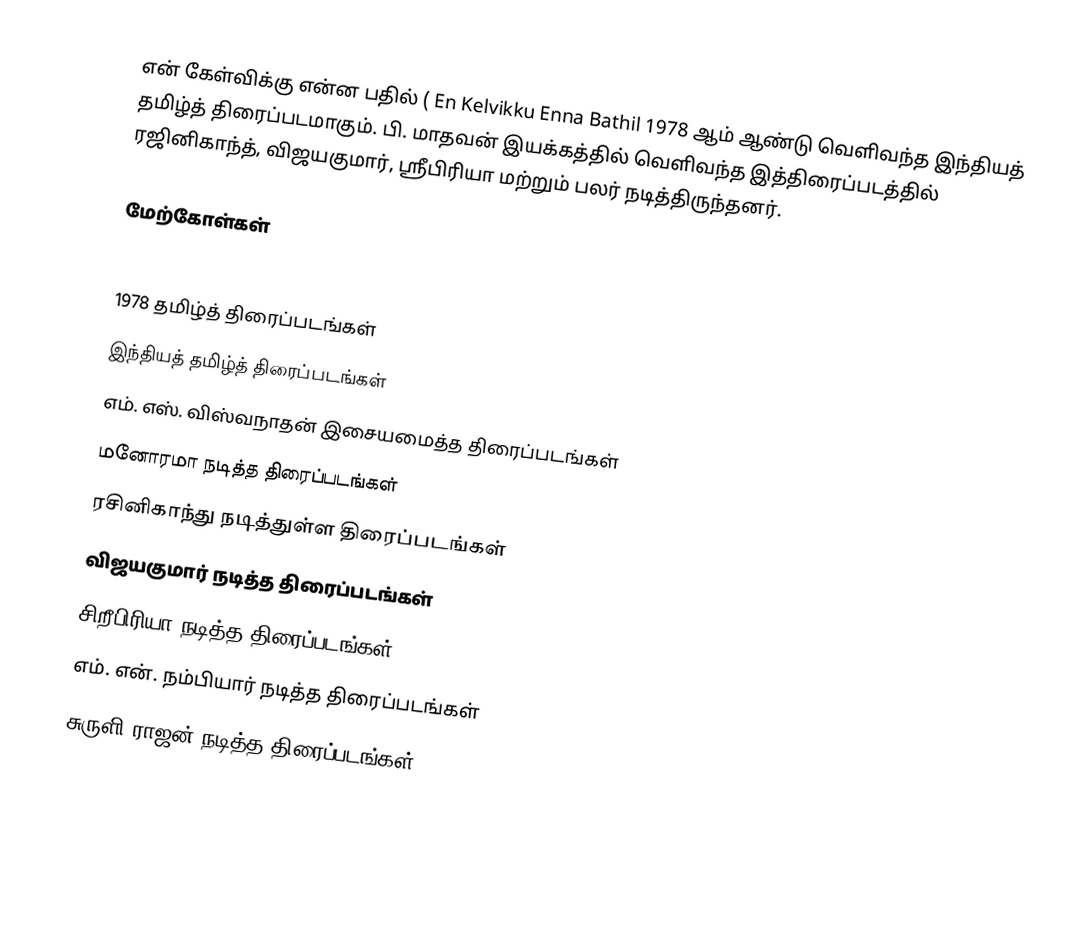
என் கேள்விக்கு என்ன பதில் ( En Kelvikku Enna Bathil 1978 ஆம் ஆண்டு வெளிவந்த இந்தியத் தமிழ்த் திரைப்படமாகும். பி. மாதவன் இயக்கத்தில் வெளிவந்த இத்திரைப்படத்தில் ரஜினிகாந்த், விஜயகுமார், ஸ்ரீபிரியா மற்றும் பலர் நடித்திருந்தனர்.

மேற்கோள்கள்

1978 தமிழ்த் திரைப்படங்கள்
இந்தியத் தமிழ்த் திரைப்படங்கள்
எம். எஸ். விஸ்வநாதன் இசையமைத்த திரைப்படங்கள்
மனோரமா நடித்த திரைப்படங்கள்
ரசினிகாந்து நடித்துள்ள திரைப்படங்கள்
விஜயகுமார் நடித்த திரைப்படங்கள்
சிறீபிரியா நடித்த திரைப்படங்கள்
எம். என். நம்பியார் நடித்த திரைப்படங்கள்
சுருளி ராஜன் நடித்த திரைப்படங்கள்